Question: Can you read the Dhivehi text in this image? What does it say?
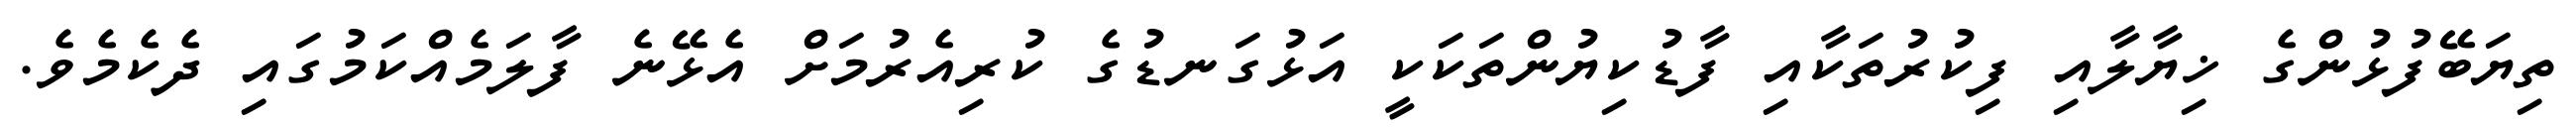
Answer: ތިޔަބޭފުޅުންގެ ޚިޔާލާއި ފިކުރުތަކާއި ފާޑުކިޔުންތަކަކީ އަޅުގަނޑުގެ ކުރިއެރުމަށް އެޅޭނެ ފާލަމެއްކަމުގައި ދެކެމެވެ.